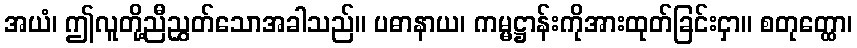
အယံ၊ ဤလူတို့ညီညွှတ်သောအခါသည်။ ပဓာနာယ၊ ကမ္မဋ္ဌာန်းကိုအားထုတ်ခြင်းငှာ။ စတုတ္ထော၊